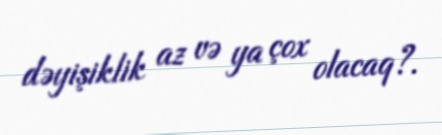
dəyişiklik az və ya çox olacaq?.